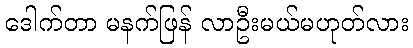
ဒေါက်တာ မနက်ဖြန် လာဦးမယ်မဟုတ်လား